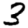
Digit: 3